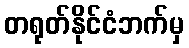
တရုတ်နိုင်ငံဘက်မှ